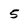
Character: 5